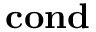
\mathbf { c o n d }